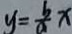
y = \frac { b } { a } x